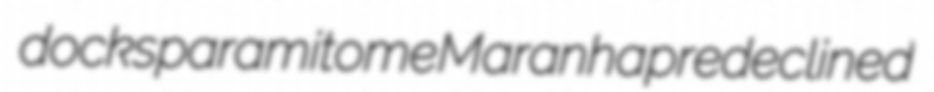
docks paramitome Maranha predeclined